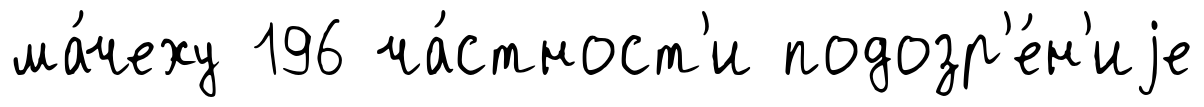
ма́чеху 196 ча́стност'и подозр'е́н'иjе